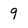
Character: 9